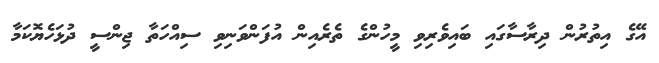
އޭގެ އިތުރުން ދިރާސާގައި ބައިވެރިވި މީހުންގެ ތެރެއިން އުފަންވަނިވި ސިއްހަތާ ޖިންސީ ދުޅަހެޔޮކަމާ